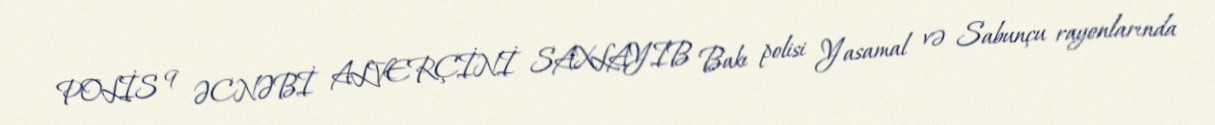
POLİS 9 ƏCNƏBİ ALVERÇİNİ SAXLAYIB Bakı polisi Yasamal və Sabunçu rayonlarında